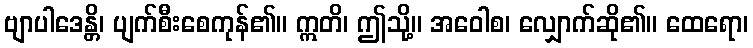
ဗျာပါဒေန္တိ၊ ပျက်စီးစေကုန်၏။ ဣတိ၊ ဤသို့။ အဝေါစ၊ လျှောက်ဆို၏။ ထေရော၊